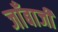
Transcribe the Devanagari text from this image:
जाँबाजी